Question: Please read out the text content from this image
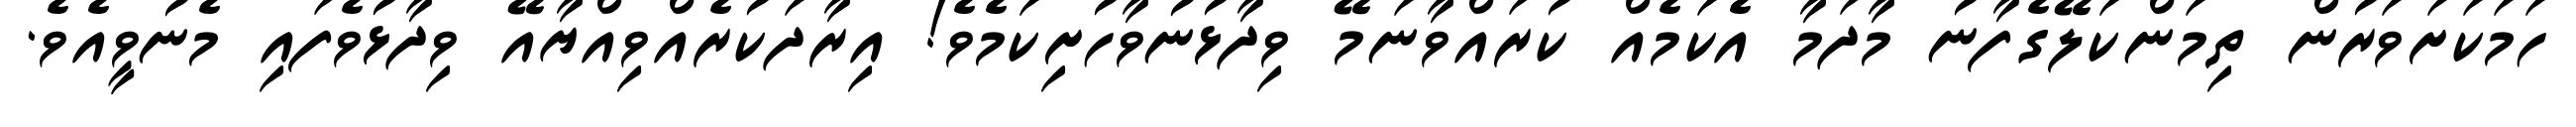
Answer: ހަމަކަށަވަރުން ތިމަންކަލޭގެފާނު މާދަމާ އެކަމެއް ކުރައްވާނަމޭ ވިދާޅުނުވާހުށިކަމެވެ! އިރާދަކުރެއްވިއްޔާއޭ ވިދާޅުވެފައި މެނުވީއެވެ.